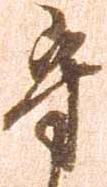
守